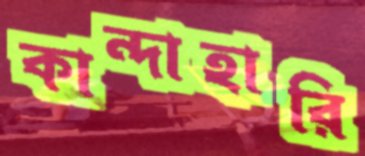
কান্দাহারি